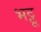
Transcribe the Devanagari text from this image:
भट्टू